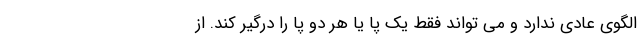
الگوی عادی ندارد و می تواند فقط یک پا یا هر دو پا را درگیر کند. از